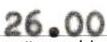
26.00